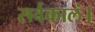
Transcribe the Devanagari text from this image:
सर्वकालं।